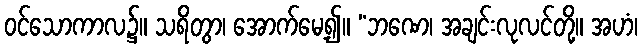
ဝင်သောကာလ၌။ သရိတွာ၊ အောက်မေ့၍။ “ဘဏေ၊ အချင်းလုလင်တို့။ အဟံ၊